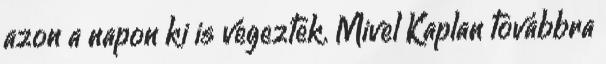
azon a napon ki is végeztek. Mivel Kaplan továbbra